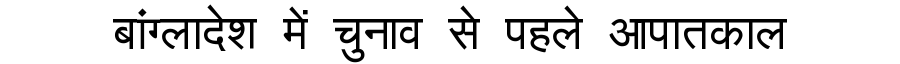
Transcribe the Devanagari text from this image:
बांग्लादेश में चुनाव से पहले आपातकाल